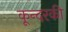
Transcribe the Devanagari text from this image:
कून्दरकी